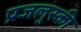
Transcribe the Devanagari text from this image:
प्रजलुस्की